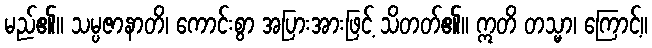
မည်၏။ သမ္ပဇာနာတိ၊ ကောင်းစွာ အပြားအားဖြင့် သိတတ်၏။ ဣတိ တသ္မာ၊ ကြောင့်။